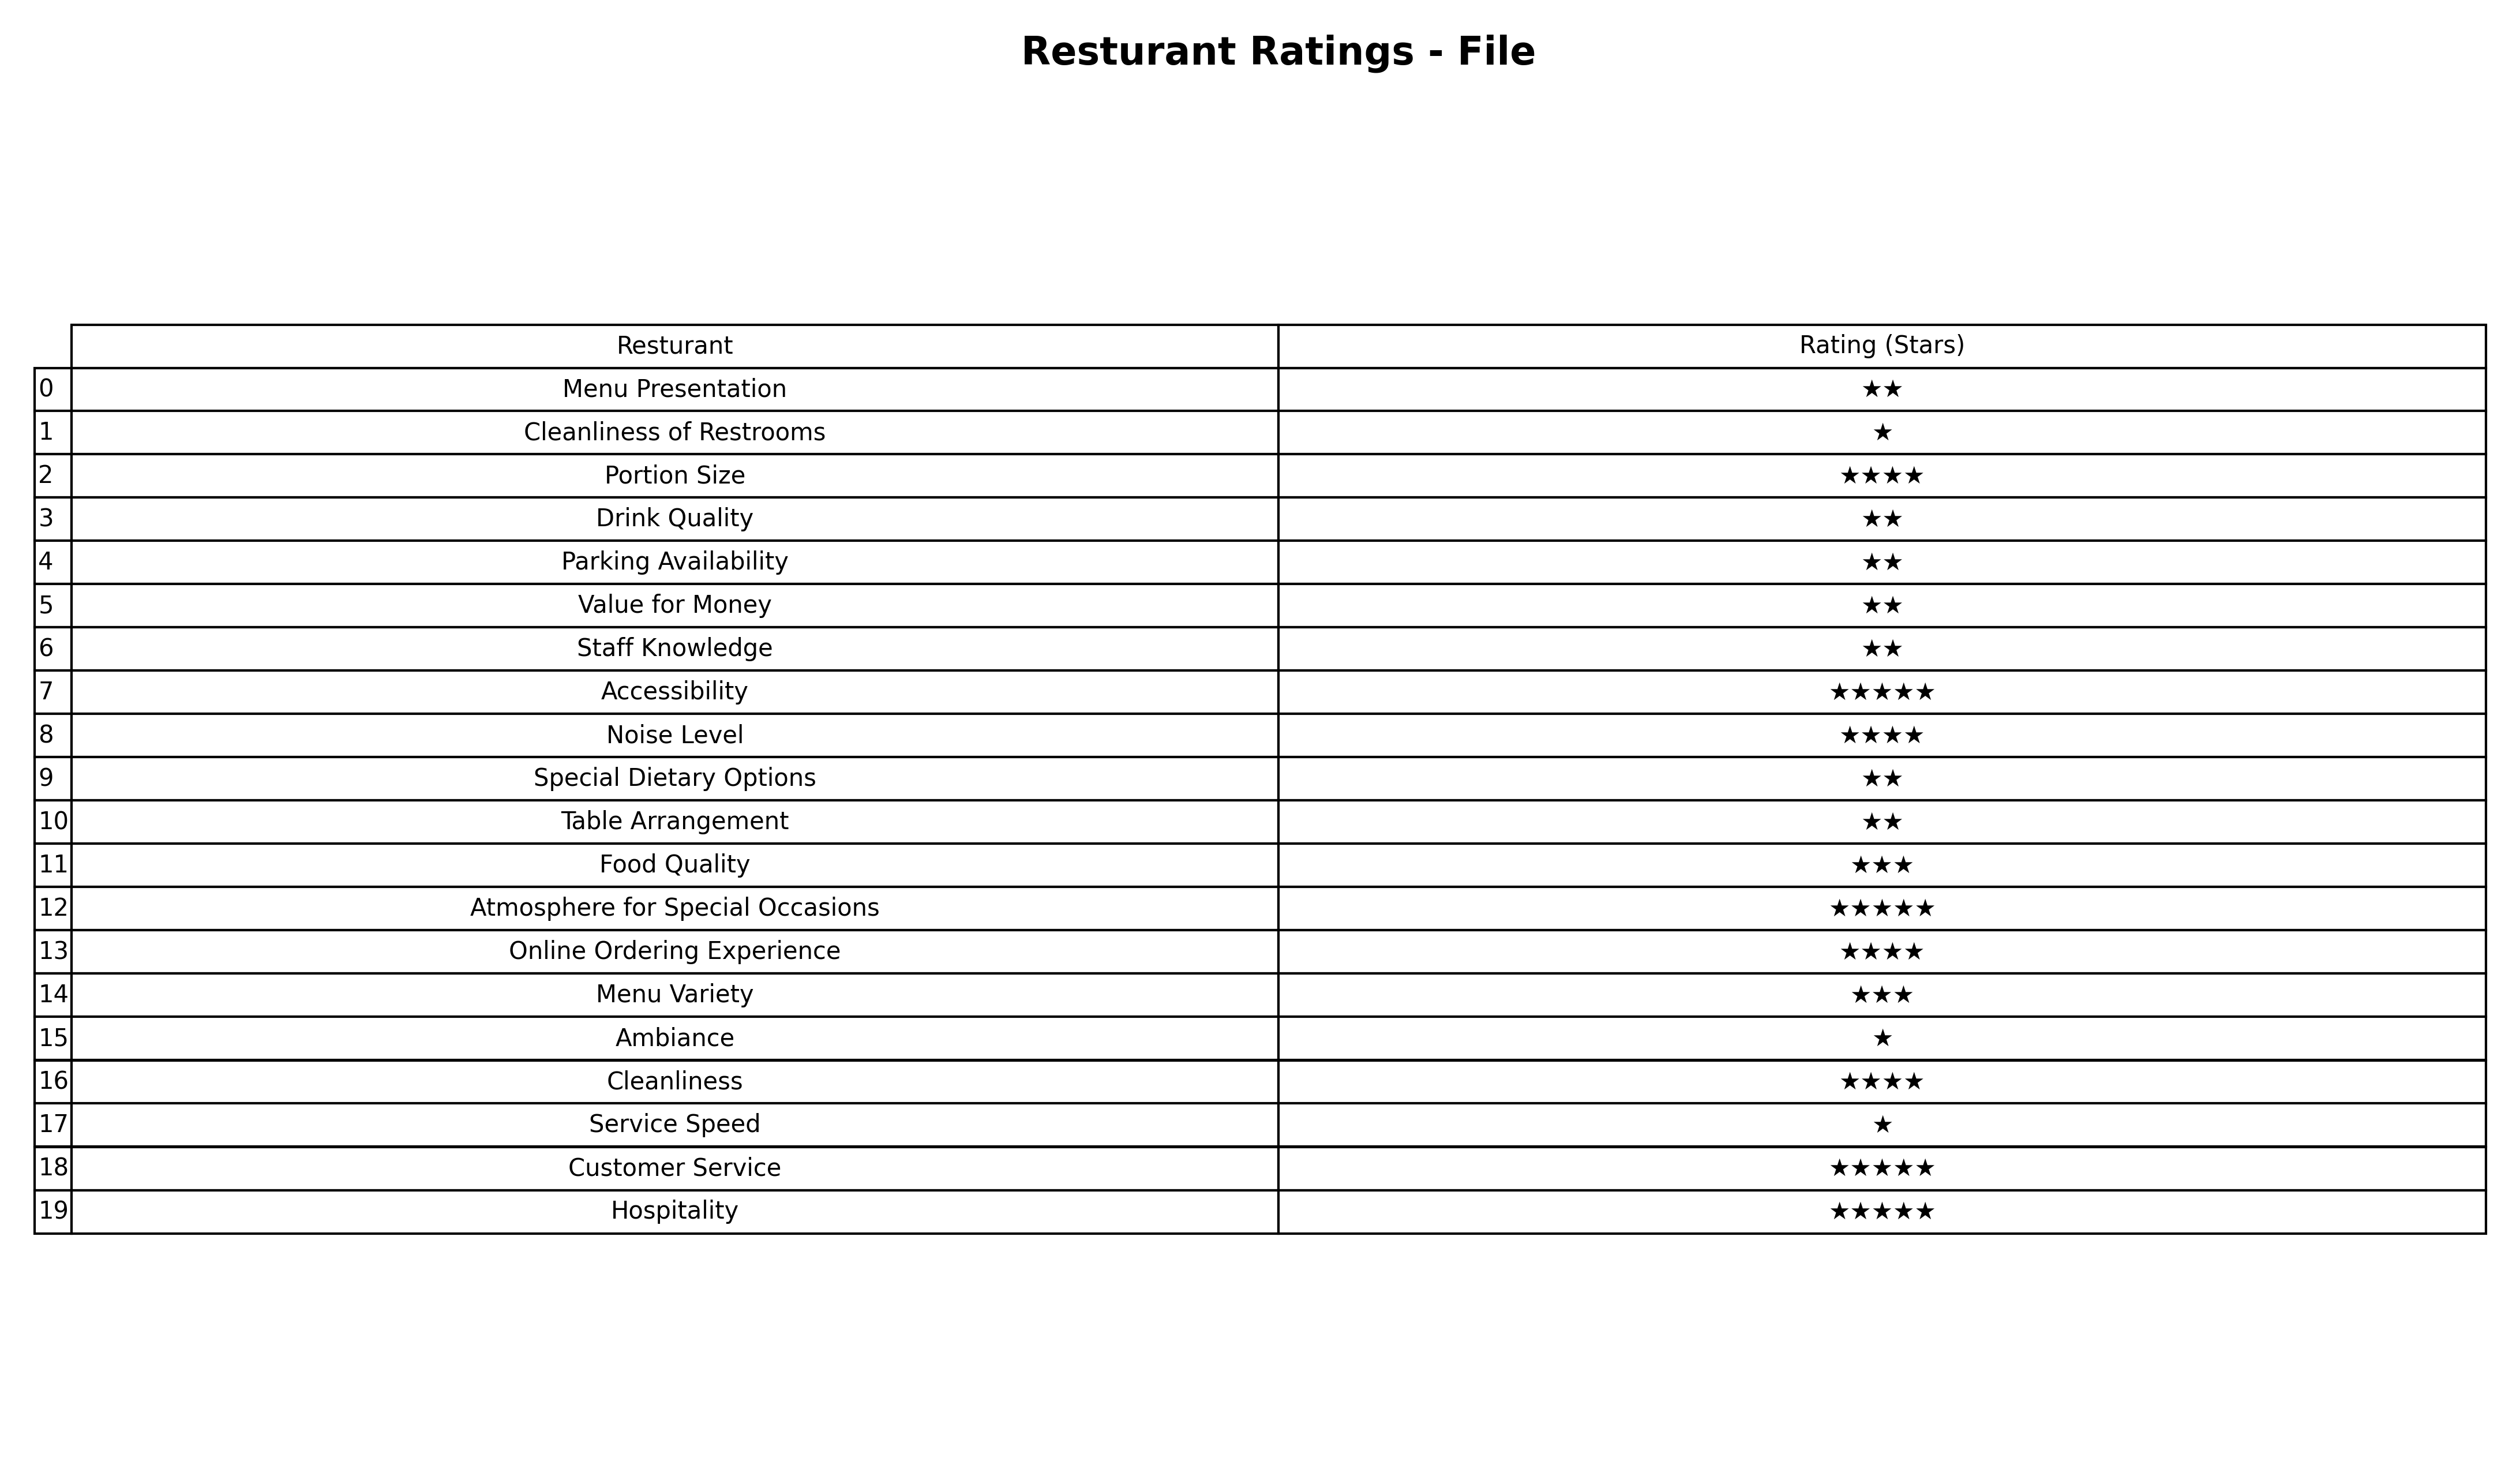
question: What are highest rating services?
answer: Menu PresentationDrink QualityParking AvailabilityValue for MoneyStaff KnowledgeSpecial Dietary OptionsTable Arrangement